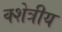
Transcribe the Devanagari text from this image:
क्शेत्रीय